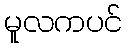
မူလကပင်